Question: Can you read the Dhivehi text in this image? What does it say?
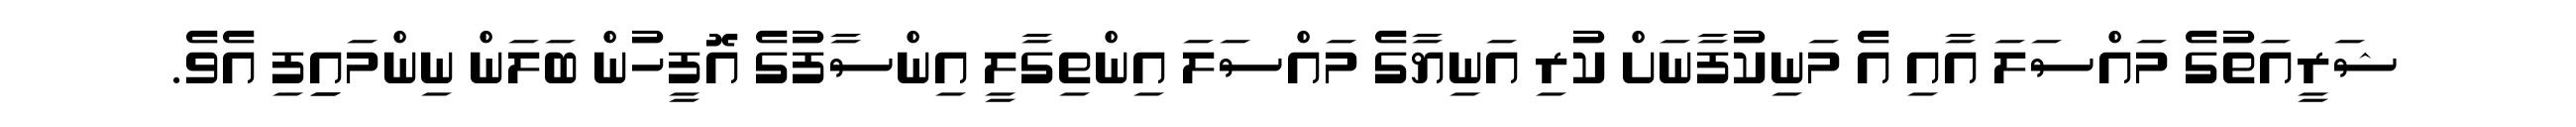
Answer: ޝަރީއަތުގެ މައްސަލަ އާއި އެ މަނިކުފާނަށް ކުރި އަނިޔާގެ މައްސަލަ އިންތިގާލީ އިންސާފުގެ އޮފީހުން ބަލަން ނިންމައިިފި އެވެ.